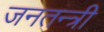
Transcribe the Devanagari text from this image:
जनतन्त्री